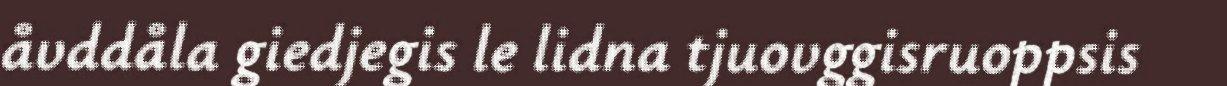
åvddåla giedjegis le lidna tjuovggisruoppsis